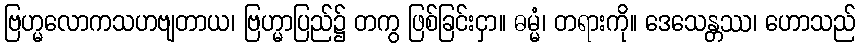
ဗြဟ္မလောကသဟဗျတာယ၊ ဗြဟ္မာပြည်၌ တကွ ဖြစ်ခြင်းငှာ။ ဓမ္မံ၊ တရားကို။ ဒေသေန္တဿ၊ ဟောသည်